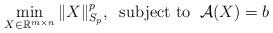
LaTeX: \begin{align*}\min_{X\in\mathbb{R}^{m\times n}}\|X\|^{p}_{S_{p}},\;\;\textrm{subject to}\;\;\mathcal{A}(X)=b\end{align*}